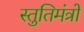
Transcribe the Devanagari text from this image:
स्तुतिमंत्रों